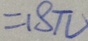
= 1 8 \pi